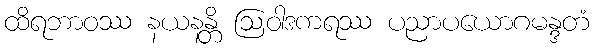
ထိရဘာဝဿ နယနန္တိ ဩဝါဒကရဿ ပညာပယောဂမန္ဒတံ